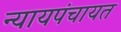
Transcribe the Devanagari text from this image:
न्यायपंचायत